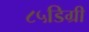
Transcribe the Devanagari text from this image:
८५डिग्री